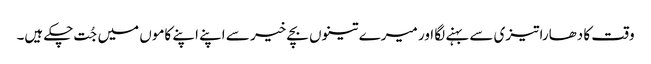
وقت کا دھارا تیزی سے بہنے لگا اور میرے تینوں بچے خیر سے اپنے اپنے کاموں میں جُت چکے ہیں۔